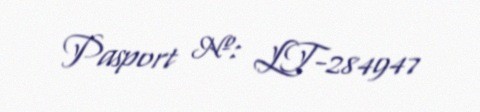
Pasport №: LT-284947